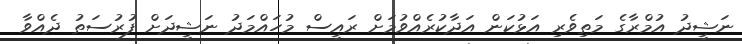
ނަޝީދު އުމްރާގެ މަތިވެރި އަޅުކަން އަދާކުރެއްވުމަށް ރައީސް މުހައްމަދު ނަޝީދަށް ފުރުސަތު ދެއްވާ